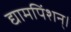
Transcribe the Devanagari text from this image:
द्यामपिंशन्।